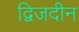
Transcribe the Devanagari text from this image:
द्विजदीन